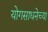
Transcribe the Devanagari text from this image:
योगसाधनेच्या